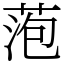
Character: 萢